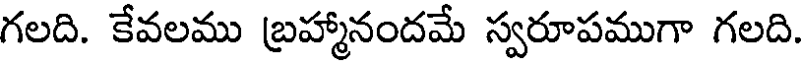
గలది. కేవలము బ్రహ్మానందమే స్వరూపముగా గలది.